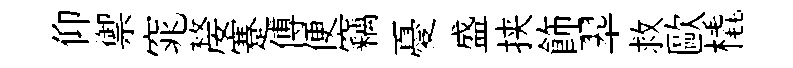
仰禦窕嫠蹇傅便竊憂盛挟飾翆救歐橇